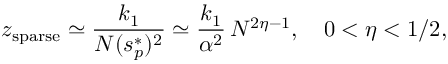
z _ { \mathrm { s p a r s e } } \simeq \frac { k _ { 1 } } { N ( s _ { p } ^ { * } ) ^ { 2 } } \simeq \frac { k _ { 1 } } { \alpha ^ { 2 } } \, N ^ { 2 \eta - 1 } , \quad 0 < \eta < { 1 } / { 2 } ,